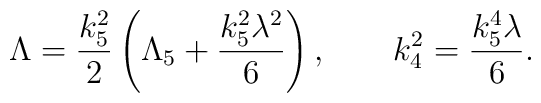
\Lambda = \frac{k_5^2}2 \left( \Lambda_5 + \frac{k_5^2 \lambda^2}6\right), \qquad k_4^2 = \frac{k_5^4 \lambda}6.